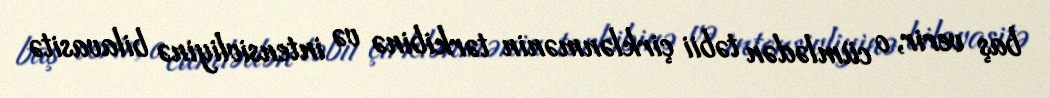
baş verir, o cümlədən təbii çirklənmənin tərkibinə və intensivliyinə bilavasitə